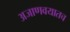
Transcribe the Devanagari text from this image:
अजाणवयातच